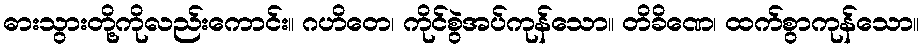
ဓားသွားတို့ကိုလည်းကောင်း။ ဂဟိတေ၊ ကိုင်စွဲအပ်ကုန်သော။ တိခိဏေ၊ ထက်စွာကုန်သော။